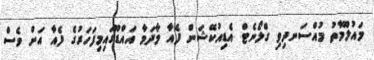
މައުލޫމާތު މުއްސަނދިވި ގްލޯނެޓް އެޑިއުކޭޝަން ފެއާ މާދަމާ އައްޑޫގައިމިފަހަރުގެ ފެއާ އަށް ވެސް